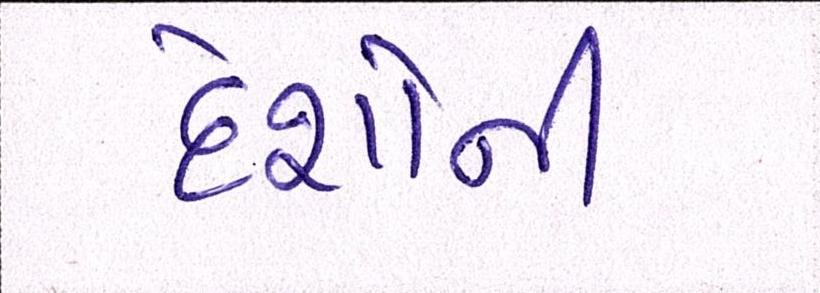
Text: દેશોની